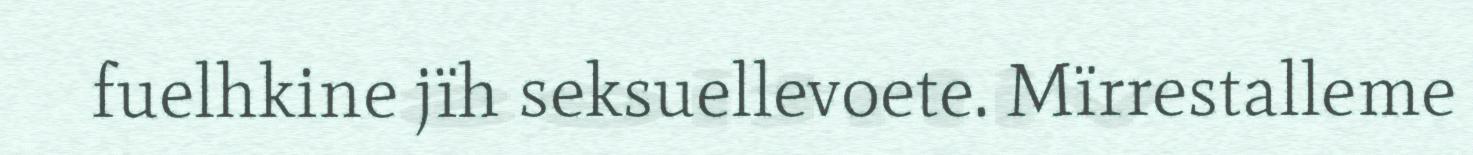
fuelhkine jïh seksuellevoete. Mïrrestalleme